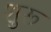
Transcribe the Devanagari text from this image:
शुरू